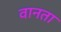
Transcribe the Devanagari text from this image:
वानता